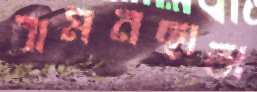
বামনছাতা